Code of medical and sanitary regulations for the guidance of medical officers serving in the Madras Presidency - Volume I
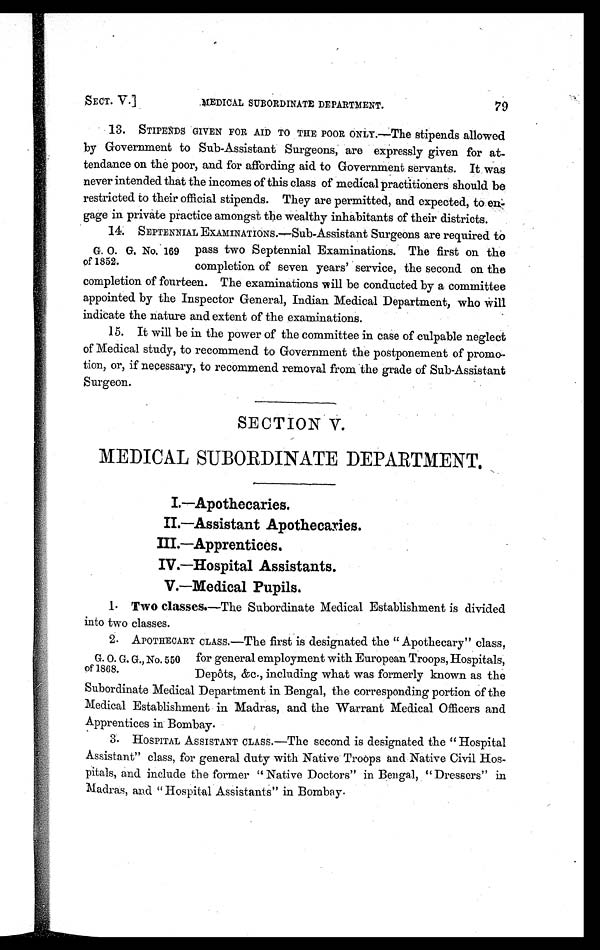
SECT. V.]
MEDICAL SUBORDINATE DEPARTMENT.
79
13. STIPENDS GIVEN FOR AID TO THE POOR ONLY.—The stipends allowed
by Government to Sub-Assistant Surgeons, are expressly given for at
- t e n d a n c e o n t h e p o o r , a n d f o r a f f o r d i n g a i d t o G o v e r n m e n t s e r v a n t s . I t w a s
never intended that the incomes of this class of medical practitioners should be
restricted to their official stipends. They are permitted, and expected, to en
-gage in private practice amongst the wealthy inhabitants of their districts.
1 4 . SEPT ENNI AL EXAMI NAT I ONS. —Su b - As s i s t a n t Su r g e o n s a r e r e q u i r e d t o
G . O . G . N o . 1 6 9 p a s s t w o S e p t e n n i a l E x a m i n a t i o n s . T h e f i r s t o n t h e
of 1852. completion of seven years' service, the second on the
compl et i on of f ourt een. The exami nat i ons wi l l be conduct ed by a commi t t ee
appointed by the Inspector General, Indian Medical Department, who will
indicate the nature and extent of the examinations.
15. It will be in the power of the committee in case of culpable neglect
of Medical study, to recommend to Government the postponement of promo
-tion, or, if necessary, to recommend removal from the grade of Sub-Assistant
Surgeon.
SECTION V.
MEDICAL SUBORDINATE DEPARTMENT.
I.—Apothecaries.
II—Assistant Apothecaries.
III.—Apprentices.
IV.—Hospital Assistants.
V.—Medical Pupils.
1 .
T w o c l a s s e s
. — T h e S u b o r d i n a t e M e d i c a l E s t a b l i s h m e n t i s d i v i d e d
into two classes.
2 . A P O T H E C A R Y C L A S S . — T h e f i r s t i s d e s i g n a t e d t h e " A p o t h e c a r y " c l a s s ,
G. O. G. G., No. 550 for general employment with European Troops, Hospitals,
of 1868. Depots, &c., including what was formerly known as the
Subordinate Medical Department in Bengal, the corresponding portion of the
Medical Establishment in Madras, and the Warrant Medical Officers and
Apprentices in Bombay.
3. HOSPITAL ASSISTANT CLASS.—The second is designated the " Hospital
Assistant" class, for general duty with Native Troops and Native Civil Hos
- p i t a l s , a n d i n c l u d e t h e f o r m e r " N a t i v e D o c t o r s " i n B e n g a l , " D r e s s e r s " i n
Madras, and " Hospital Assistants" in Bombay.